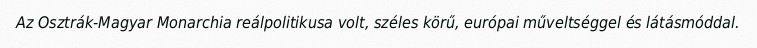
Az Osztrák-Magyar Monarchia reálpolitikusa volt, széles körű, európai műveltséggel és látásmóddal.